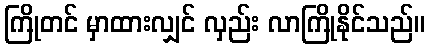
ကြိုတင် မှာထားလျှင် လှည်း လာကြိုနိုင်သည်။